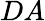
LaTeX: DA